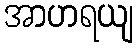
အာဟရယျ